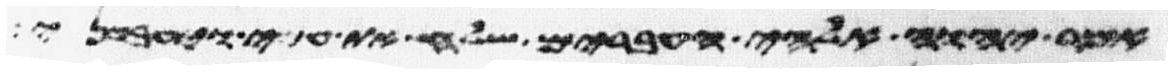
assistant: אמר יהוה אלהי העברים שלח את עמי ויעבדני